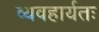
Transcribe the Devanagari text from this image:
व्यवहार्यतः